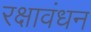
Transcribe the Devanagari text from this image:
रक्षावंधन